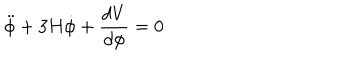
\ddot { \phi } + 3 H \dot { \phi } + { \frac { d V } { d { \phi } } } = 0